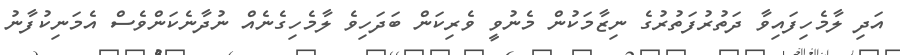
އަދި ލާމެހިފައިވާ ދަތުރުފަތުރުގެ ނިޒާމަކުން މެނުވީ ވެރިކަން ބަދަހިވެ ލާމެހިގެނެއް ނުދާނެކަންވެސް އެމަނިކުފާނު